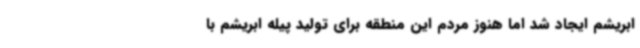
ابریشم ایجاد شد اما هنوز مردم این منطقه برای تولید پیله ابریشم با